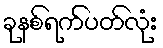
ခုနစ်ရက်ပတ်လုံး